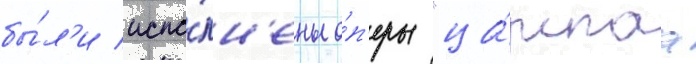
бы́л'и испо́лн'ены о́п'еры "ца́рскаа